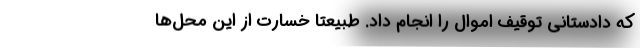
که دادستانی توقیف اموال را انجام داد. طبیعتا خسارت از این محل‌ها